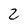
Character: 2